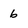
Character: 6